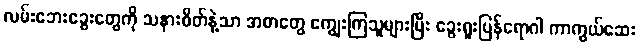
လမ်းဘေးခွေးတွေကို သနားစိတ်နဲ့သာ အစာတွေ ကျွေးကြသူများပြီး ခွေးရူးပြန်ရောဂါ ကာကွယ်ဆေး